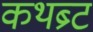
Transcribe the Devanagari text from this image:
कथब्र्ट